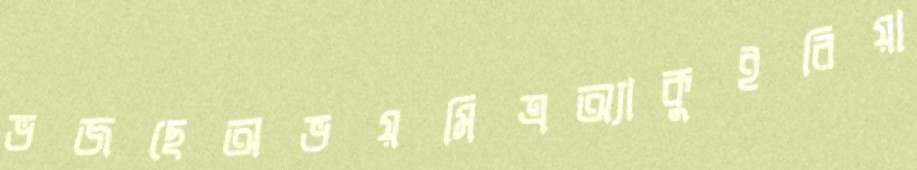
ভজছেঅভয়মিত্রঅ্যাকুইরিয়া